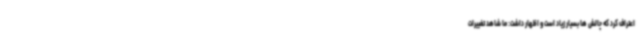
اعتراف کرد که چالش ها بسیار زیاد است و اظهار داشت: ما شاهد تغییرات